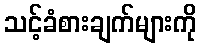
သင့်ခံစားချက်များကို